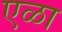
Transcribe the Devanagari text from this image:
एळा